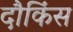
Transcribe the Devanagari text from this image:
दौकिंस